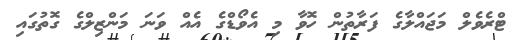
ޓްރެވެލް މަޖައްލާގެ ފަރާތުން ހޮވާ މި އެވޯޑްގެ އެއް ވަނަ މަންޒިލްގެ ގޮތުގައި